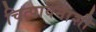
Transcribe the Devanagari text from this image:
चित्पावनांशी